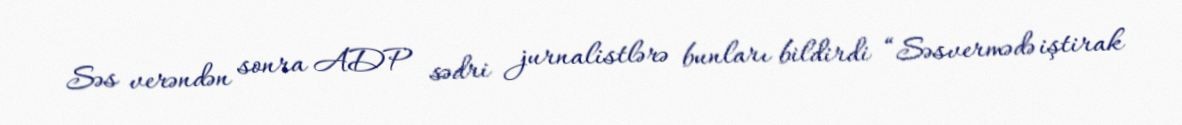
Səs verəndən sonra ADP sədri jurnalistlərə bunları bildirdi “Səsvermədə iştirak